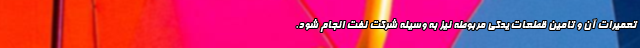
تعمیرات آن و تامین قطعات یدکی مربوطه نیز به وسیله شرکت نفت انجام شود.